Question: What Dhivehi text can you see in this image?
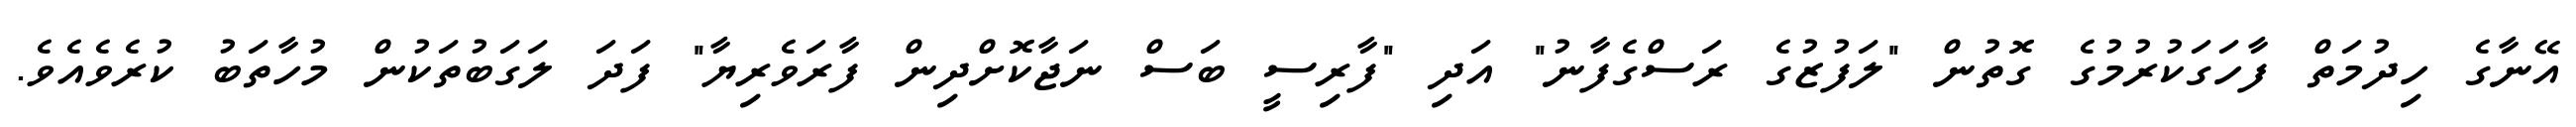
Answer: އޭނާގެ ހިދުމަތް ފާހަގަކުރުމުގެ ގޮތުން "ލަފުޒުގެ ރަސްގެފާނު" އަދި "ފާރިސީ ބަސް ނަޖާކޮށްދިން ފާރަވެރިޔާ" ފަދަ ލަގަބުތަކުން މުހާތަބު ކުރެވެއެވެ.